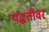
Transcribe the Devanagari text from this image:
पद्घतीवर